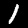
Digit: 1